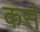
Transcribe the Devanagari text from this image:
कस॓